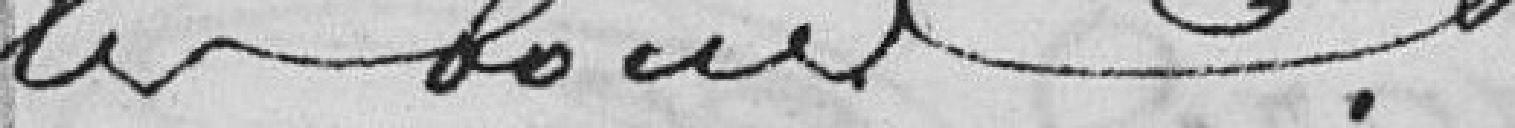
les boues.